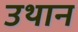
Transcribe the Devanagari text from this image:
उथान